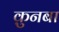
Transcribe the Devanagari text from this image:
क़ुनबा